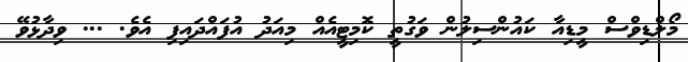
މޯލްޑިވްސް މީޑިއާ ކައުންސިލުން ވަގުތީ ކޮމިޓީއެއް މިއަދު އުފައްދައިފި އެވެ. ... ވިދާޅުވޭ